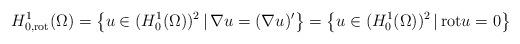
LaTeX: \begin{align*}H^{1}_{0, \mathrm{rot}}(\Omega) = \big\{u \in (H^{1}_{0}(\Omega))^{2} \,|\, \nabla u = (\nabla u)'\big\} =\big\{u \in (H^{1}_{0}(\Omega))^{2} \,|\, \mathrm{rot} u = 0 \big\}\end{align*}